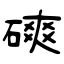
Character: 磢